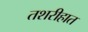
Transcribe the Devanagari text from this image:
तशरीहात